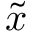
\tilde { x }